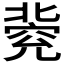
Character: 𠤦